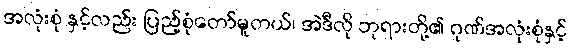
အလုံးစုံ နှင့်လည်း ပြည့်စုံတော်မူတယ်၊ အဲဒီလို ဘုရားတို့၏ ဂုဏ်အလုံးစုံနှင့်